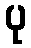
ပု